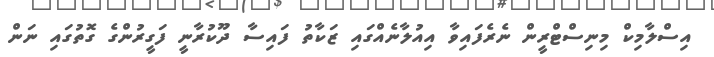
އިސްލާމިކް މިނިސްޓްރީން ނެރެފައިވާ އިއުލާނެއްގައި ޒަކާތު ފައިސާ ދޫކުރާނީ ފަގީރުންގެ ގޮތުގައި ނަން